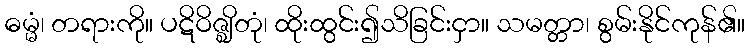
ဓမ္မံ၊ တရားကို။ ပဋိဝိဇ္ဈိတုံ၊ ထိုးထွင်း၍သိခြင်းငှာ။ သမတ္တာ၊ စွမ်းနိုင်ကုန်၏။